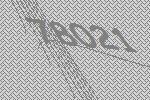
78021